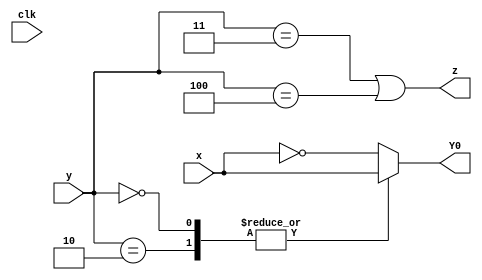
module top_module (
    input clk,
    input [2:0] y,
    input x,
    output Y0,
    output z
);
    always @(*) begin
        case(y)
            3'b000 , 3'b010 : Y0 = x ;
            default : Y0 = ~x ;
        endcase
    end
    
    assign z = (y == 3'b011 || y == 3'b100) ;

endmodule